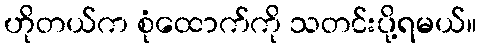
ဟိုတယ်က စုံထောက်ကို သတင်းပို့ရမယ်။